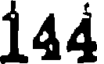
144